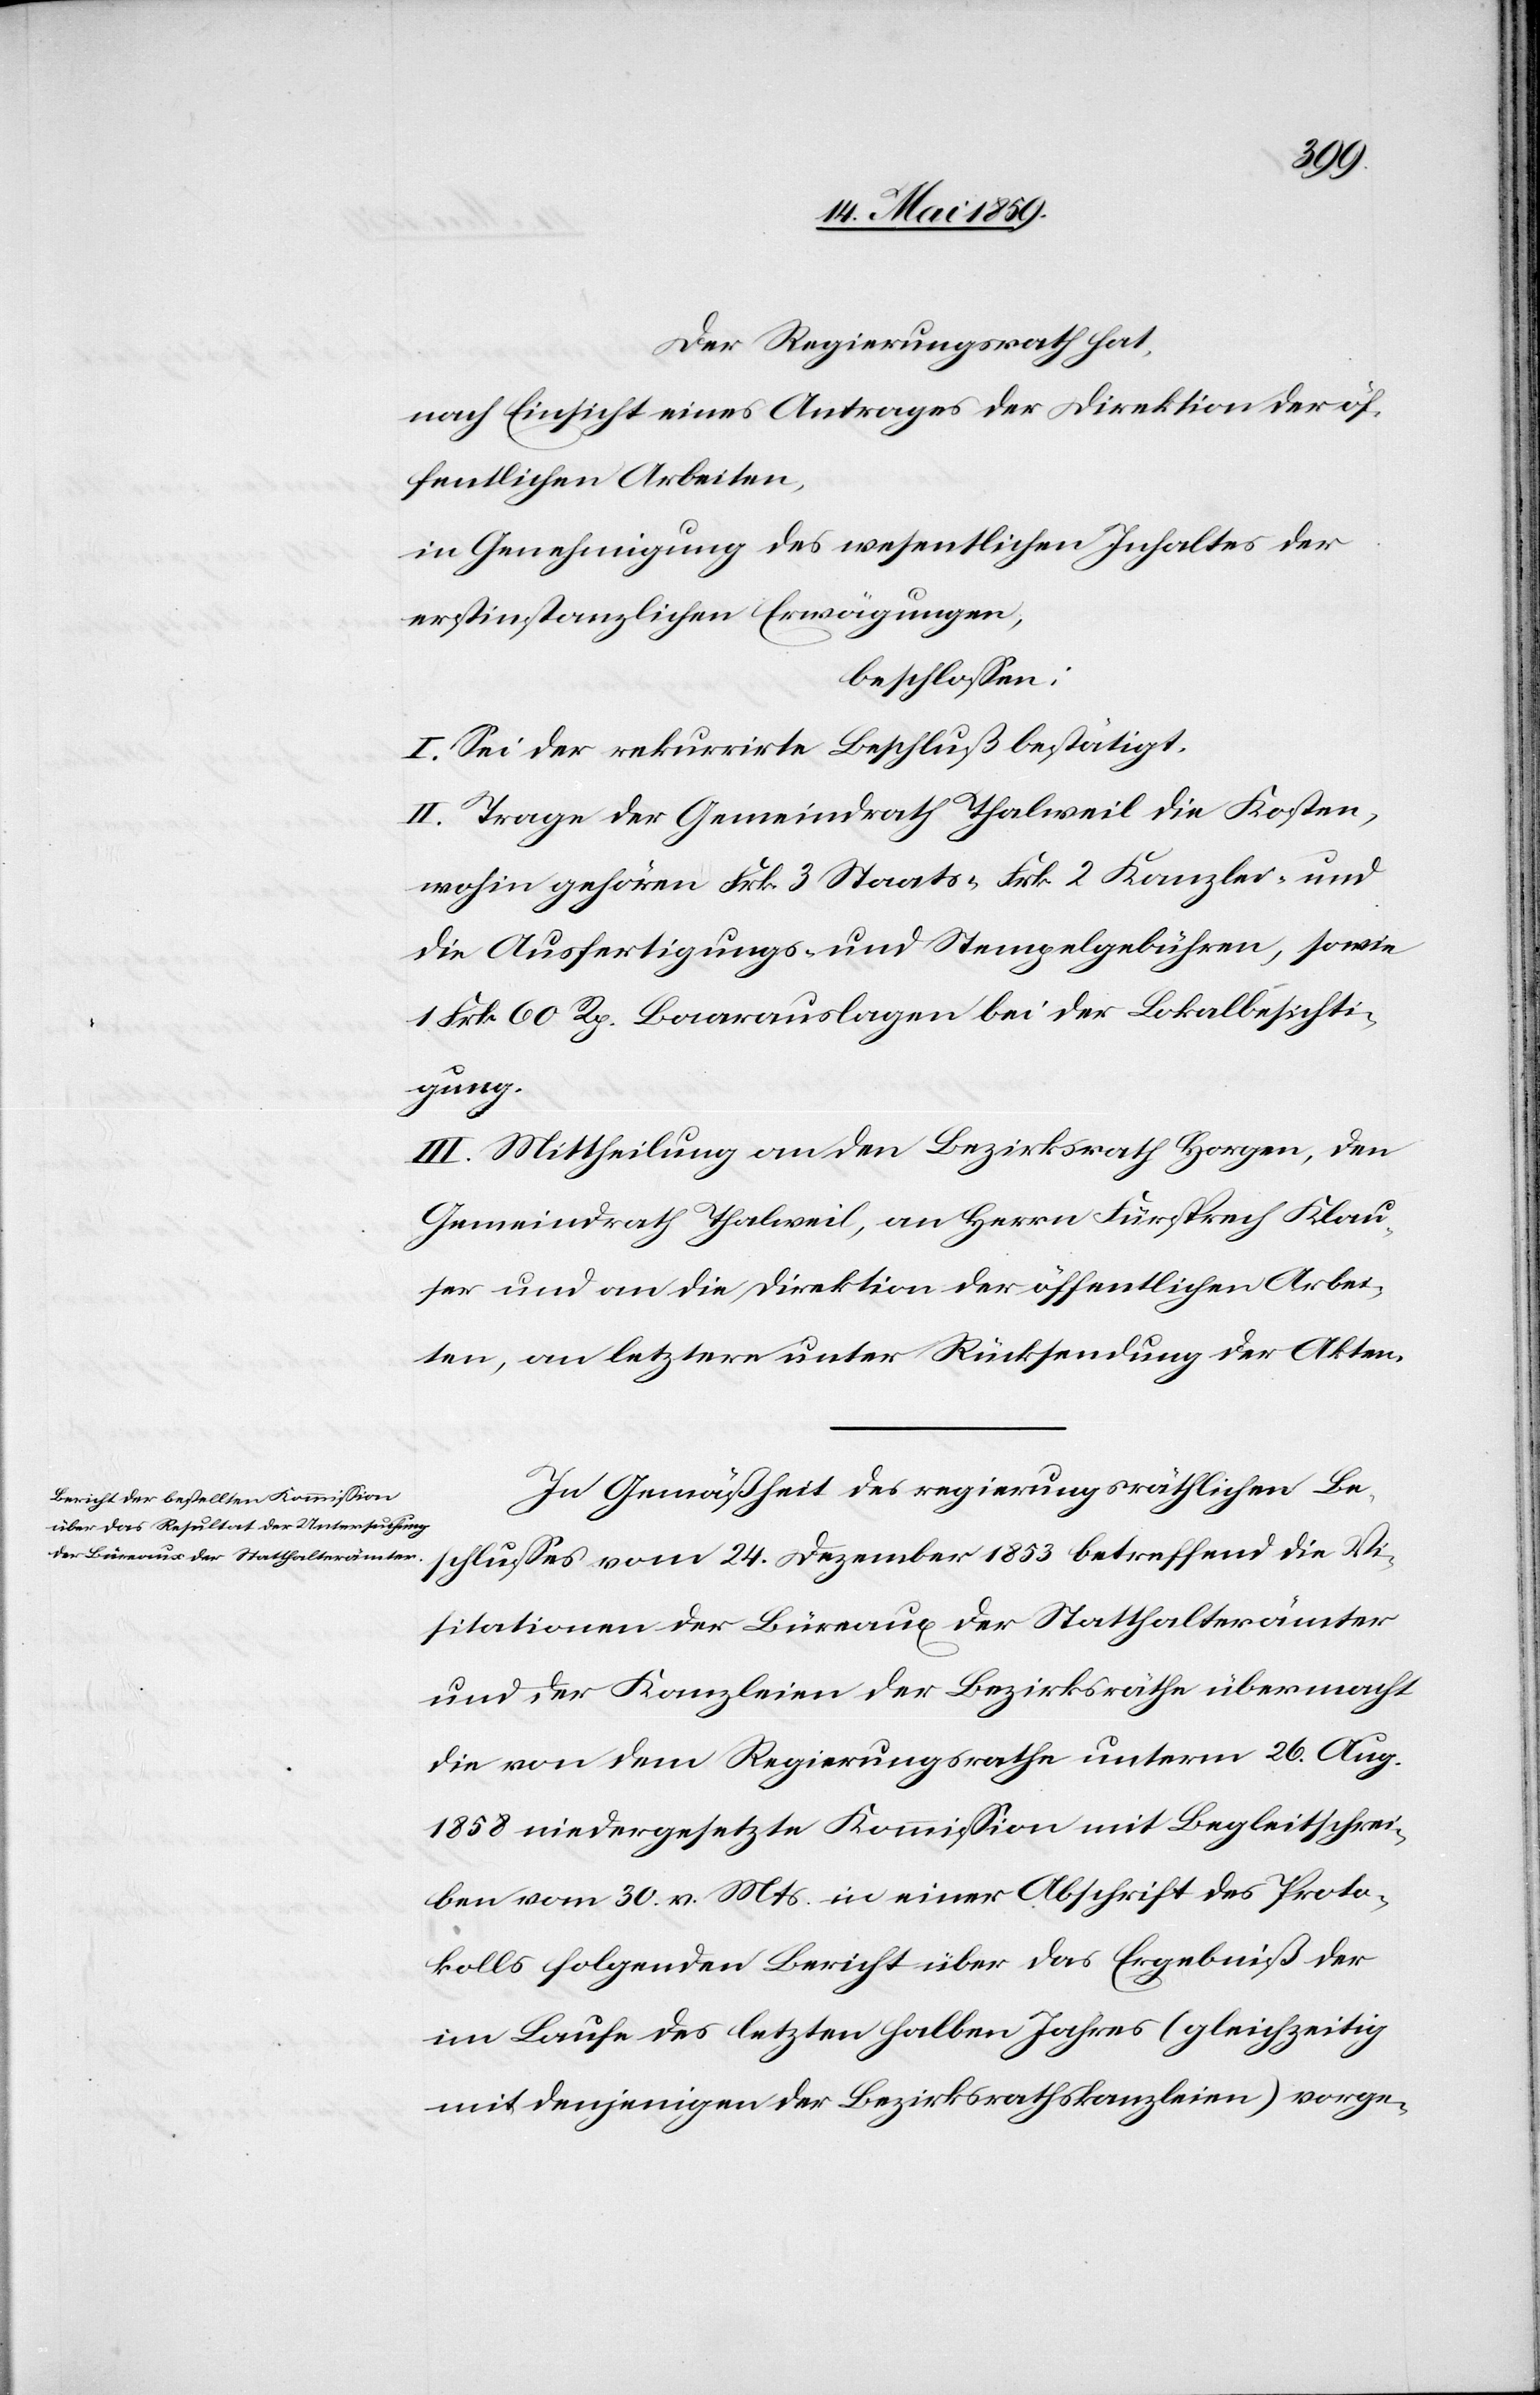
Vi¬
Der Regierungsrath hat,
nach Einsicht eines Antrages der Direktion der öf¬
fentlichen Arbeiten,
in Genehmigung des wesentlichen Inhaltes der
erstinstanzlichen Erwägungen,
beschloßen:
I. Sei der rekurrirte Beschluß bestätigt.
II. Trage der Gemeindrath Thalweil die Kosten,
wohin gehören Frk. 3 Staats-[,] Frk. 2 Kanzlei- und
die Ausfertigungs- und Stempelgebühren, sowie
1 Frk. 60 Rp. Baarauslagen bei der Lokalbesichti¬
gung.
III. Mittheilung an den Bezirksrath Horgen, den
Gemeindrath Thalweil, an Herrn Fürsprech Klau¬
ser und an die Direktion der öffentlichen Arbei¬
ten, an letztere unter Rücksendung der Akten.
In Gemäßheit des regierungsräthlichen Be¬
sitationen der Büreaux der Statthalterämter
und der Kanzleien der Bezirksräthe übermacht
die von dem Regierungsrathe unterm 26. Aug.
1858 niedergesetzte Kommißion mit Begleitschrei¬
ben vom 30. v. Mts. in einer Abschrift des Proto¬
kolls folgenden Bericht über das Ergebniß der
im Laufe des letzten halben Jahres (gleichzeitig
mit denjenigen der Bezirksrathskanzleien) vorge-